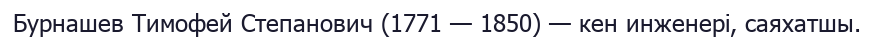
Бурнашев Тимофей Степанович (1771 — 1850) — кен инженері, саяхатшы.